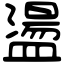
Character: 盪